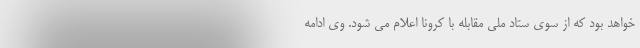
خواهد بود که از سوی ستاد ملی مقابله با کرونا اعلام می شود. وی ادامه